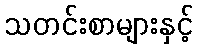
သတင်းစာများနှင့်